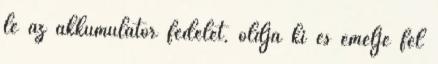
le az akkumulátor fedelét, oldja ki és emelje fel